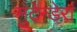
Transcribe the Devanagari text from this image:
मुटेन्डेरा